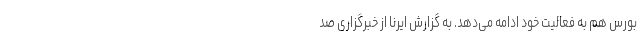
بورس هم به فعالیت خود ادامه می‌دهد. به گزارش ایرنا از خبرگزاری صد